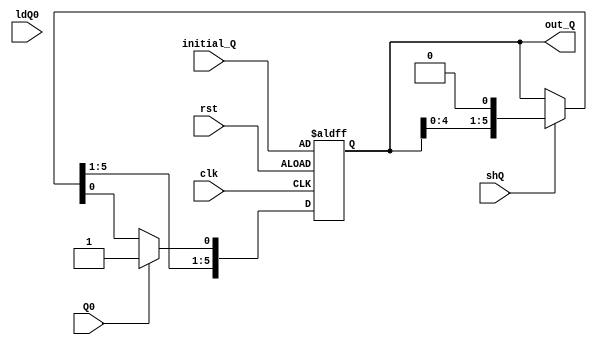
`timescale 1ns/1ns
module Q(input clk,rst,input [5:0]initial_Q,input Q0,ldQ0,shQ,output reg [5:0]out_Q);
  always@ (posedge clk,posedge rst) begin
    if(rst) out_Q=initial_Q;
    else begin
    if(shQ) out_Q=out_Q << 1;
    if(Q0) out_Q[0]=1'b1;
    if(ldQ0) out_Q=out_Q;
    end
  end
endmodule